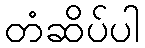
တံဆိပ်ပါ